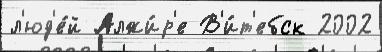
л'юд'е́й Алжи́р'е В'и́т'ебск 2002